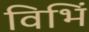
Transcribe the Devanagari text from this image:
विभिं